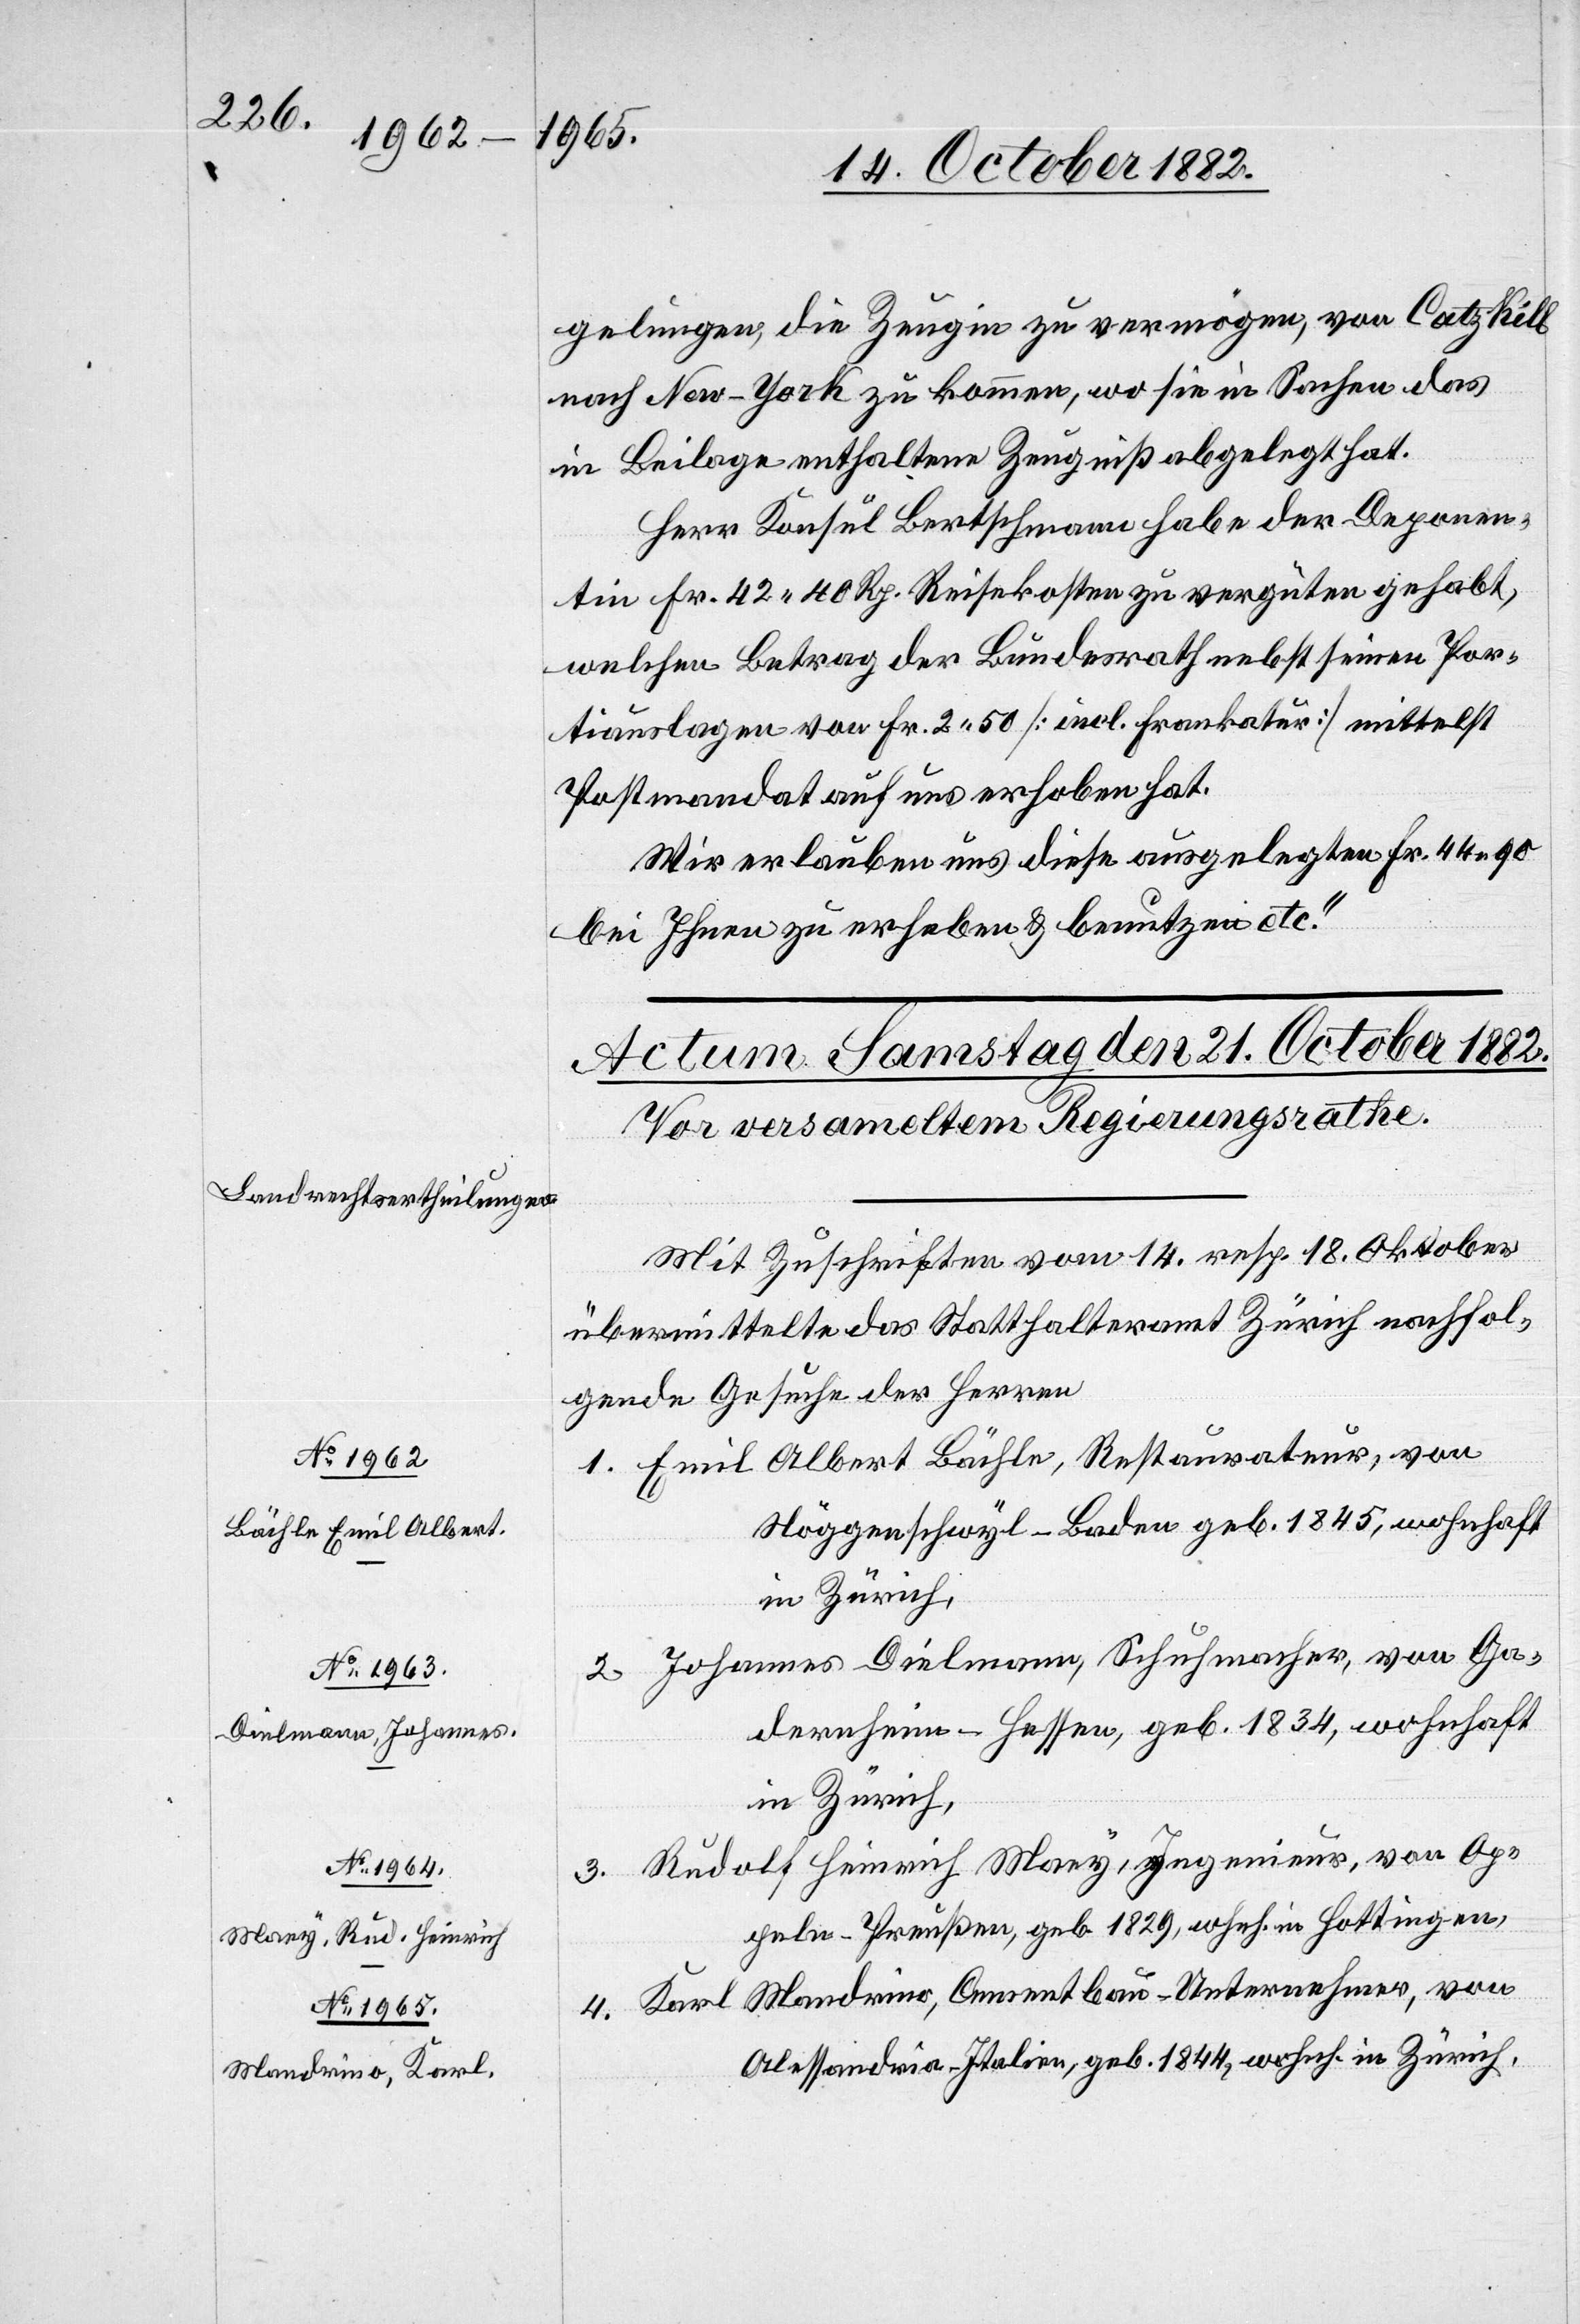
gelungen, die Zeugin zu vermögen, von Catz Kill
nach New-York zu kommen, wo sie in Sachen das
in Beilage enthaltene Zeugniß abgelegt hat.
Herr Konsul Bertschmann habe der Deponen¬
tin Fr. 42 40 Rp. Reisekosten zu vergüten gehabt,
welchen Betrag der Bundesrath nebst seinen Por¬
tiauslagen von Fr. 2 50 [incl. Frankatur] mittelst
Postmandat auf uns erhoben hat.
Wir erlauben uns diese ausgelegten Fr. 44 90
bei Ihnen zu erheben & benutzen etc.“
Mit Zuschriften vom 14. resp. 18. Oktober
übermittelte das Statthalteramt Zürich nachfol¬
gende Gesuche der Herren
1. Emil Albert Bächle, Restaurateur, von
Näggenschwyl - Baden geb. 1845, wohnhaft
in Zürich,
2. Johannes Dielmann, Schuhmacher, von Gan¬
dernheim - Hessen, geb. 1834, wohnhaft
in Zürich,
3. Rudolf Heinrich Maey, Ingenieur, von Ap¬
peln - Preußen, geb. 1829, wohnh. in Hottingen,
4. Karl Mandrino, Cementbau-Unternehmer, von
Alessandria - Italien, geb. 1844, wohnh. in Zürich,